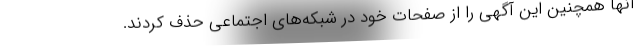
آنها همچنین این آگهی را از صفحات خود در شبکه‌های اجتماعی حذف کردند.